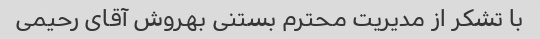
با تشکر از مدیریت محترم بستنی بهروش آقای رحیمی